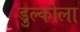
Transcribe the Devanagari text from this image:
डुल्कोला